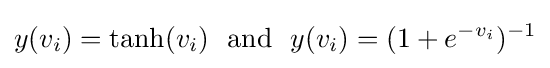
y(v_{i})=\tanh(v_{i})~~{\textrm {and}}~~y(v_{i})=(1+e^{-v_{i}})^{-1}